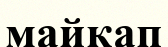
майқап